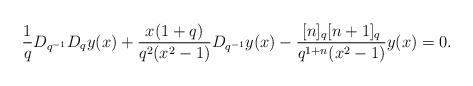
LaTeX: \begin{align*} \frac{1}{q} D_{q^{-1}} D_qy(x)+ \dfrac{ x(1+q)}{q^2 (x^2-1)}D_{q^{-1}}y(x) - \frac{[n]_q [n+1]_q}{q^{1+n}(x^2-1)} y(x) =0.\end{align*}